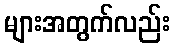
များအတွက်လည်း